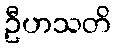
ဦဟသတိ